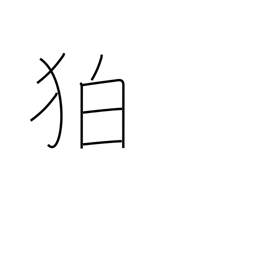
Meaning: archaic part of Korea